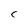
Character: C